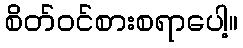
စိတ်ဝင်စားစရာပေါ့။